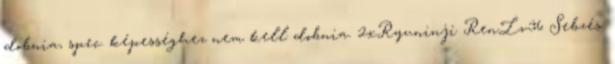
dobnia, spec. képességhez nem kell dobnia. 2xRyuninji RenLv36 Sebzés: